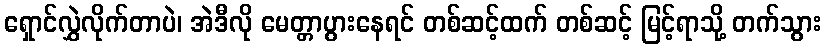
ရှောင်လွှဲလိုက်တာပဲ၊ အဲဒီလို မေတ္တာပွားနေရင် တစ်ဆင့်ထက် တစ်ဆင့် မြင့်ရာသို့ တက်သွား